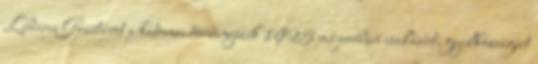
Léderer Gusztávot a katonai törvényszék 1925 májusában csalásért, gyilkosságért